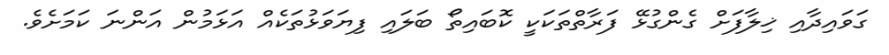
ގަވައިދާއި ޚިލާފަށް ގެންގުޅޭ ފަރާތްތަކަކީ ކޮބައިތޯ ބަލައި ފިޔަވަޅުތަކެއް އަޅަމުން އަންނަ ކަމަށެވެ.